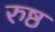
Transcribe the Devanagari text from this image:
रुष्ठ